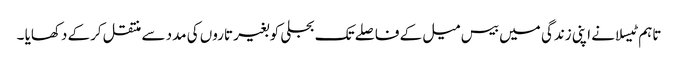
تاہم ٹیسلا نے اپنی زندگی میں بیس میل کے فاصلے تک بجلی کو بغیر تاروں کی مدد سے منتقل کرکے دکھایا ۔